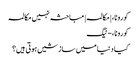
کورونا، | مکالمہ | مباحثہ نہیں مکالمہ
کورونا، - ٹیگ
کیا دنیا میں سازشیں ہوتی ہیں؟